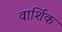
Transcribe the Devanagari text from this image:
वार्शिक